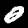
Digit: 0